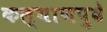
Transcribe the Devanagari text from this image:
कल्याणपुढे